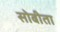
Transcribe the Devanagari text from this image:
सोबीता